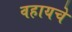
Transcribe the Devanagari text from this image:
वहायचे